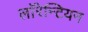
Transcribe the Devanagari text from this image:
लाॅरेन्टियन